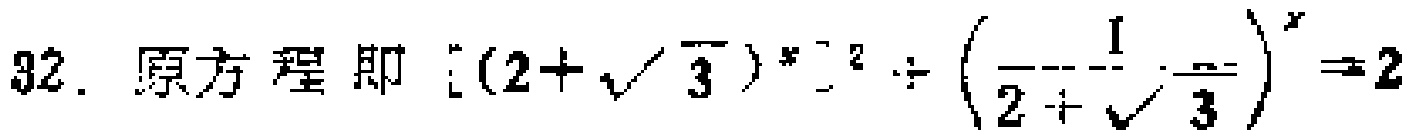
32. 原方程即 \([(2 + \sqrt{3})^x]^2 \div \left(\dfrac{1}{2+\sqrt{3}}\right)^x = 2\)